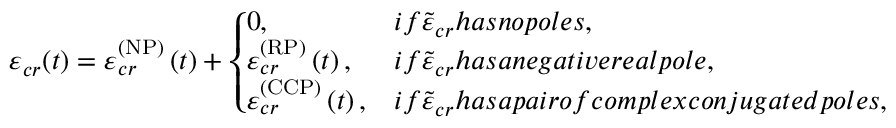
\varepsilon _ { c r } ( t ) = \varepsilon _ { c r } ^ { \left( \mathrm { N P } \right) } \left( t \right) + \left\{ \! \! \! \begin{array} { l l } { 0 , } & { i f \tilde { \varepsilon } _ { c r } h a s n o p o l e s , \smallskip } \\ { \varepsilon _ { c r } ^ { \left( \mathrm { R P } \right) } \left( t \right) , } & { i f \tilde { \varepsilon } _ { c r } h a s a n e g a t i v e r e a l p o l e , \smallskip } \\ { \varepsilon _ { c r } ^ { \left( \mathrm { C C P } \right) } \left( t \right) , } & { i f \tilde { \varepsilon } _ { c r } h a s a p a i r o f c o m p l e x c o n j u g a t e d p o l e s , } \end{array} \ \right.